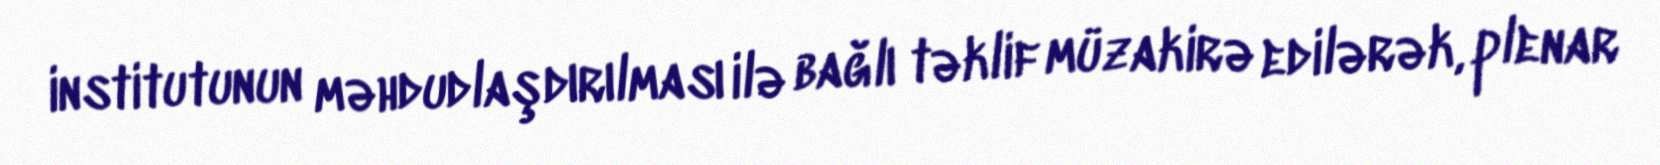
institutunun məhdudlaşdırılması ilə bağlı təklif müzakirə edilərək, plenar